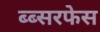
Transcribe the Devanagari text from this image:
ब्ब्सरफेस